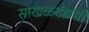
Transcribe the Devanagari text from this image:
साखळदंडांनी